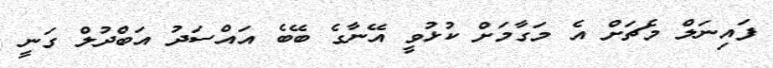
ފައިނަލް މެޗަށް އެ މަގާމަށް ކުޅުވީ އޭނާގެ ބޭބެ އައްސަދު އަބްދުލް ގަނީ